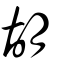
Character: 胡